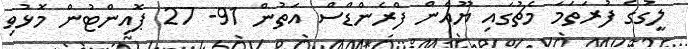
ލީގުގެ ފުރަތަމަ މެޗުގައި ޔޫއެން ފްރެންޑްސް އަތުން 91- 27 ޕޮއިންޓުން މޮޅުވި